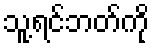
သူ့ရင်ဘတ်ကို